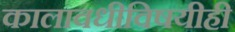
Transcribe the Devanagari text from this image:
कालावधीविषयीही